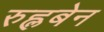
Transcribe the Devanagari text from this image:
रुह्लबेन